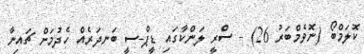
ކޮލަމްބޯ (ނޮވެމްބަރު 26) - ސްރީ ލަންކާގައި ޑީޕް-ސީ ބަނދަރެއް ހެދުމަށް ޗައިނާ